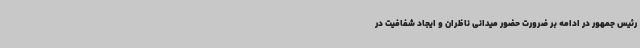
رئیس جمهور در ادامه بر ضرورت حضور میدانی ناظران و ایجاد شفافیت در